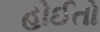
હોઈતો